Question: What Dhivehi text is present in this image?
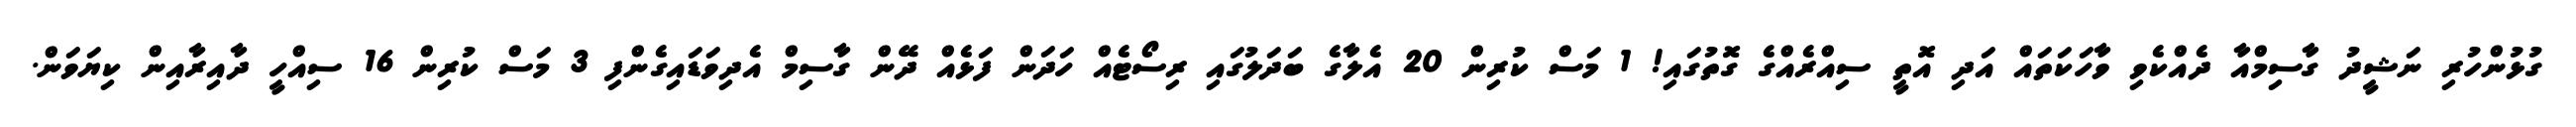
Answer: ގުޅުންހުރި ނަޝީދު ގާސިމްއާ ދެއްކެވި ވާހަކަތައް އަދި އޮތީ ސިއްރެއްގެ ގޮތުގައި! 1 މަސް ކުރިން 20 އެލާގެ ބަދަލުގައި ރިސޯޓެއް ހަދަން ފަޅެއް ދޭން ގާސިމް އެދިވަޑައިގެންފި 3 މަސް ކުރިން 16 ސިއްހީ ދާއިރާއިން ކިޔަވަން.